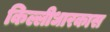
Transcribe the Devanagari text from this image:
किल्लीधारकास